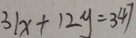
3 1 x + 1 2 y = 3 4 7